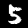
Label: 5